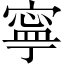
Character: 寧